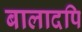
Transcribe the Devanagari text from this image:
बालादपि